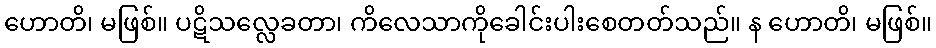
ဟောတိ၊ မဖြစ်။ ပဋိသလ္လေခတာ၊ ကိလေသာကိုခေါင်းပါးစေတတ်သည်။ န ဟောတိ၊ မဖြစ်။